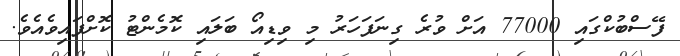
ފޭސްބުކްގައި 77000 އަށް ވުރެ ގިނަފަހަރު މި ވިޑިއޯ ބަލައި ކޮމެންޓު ކޮށްފައިވެއެވެ.